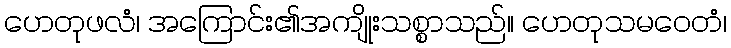
ဟေတုဖလံ၊ အကြောင်း၏အကျိုးသစ္စာသည်။ ဟေတုသမဝေတံ၊